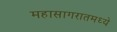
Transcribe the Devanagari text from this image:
महासागरातमध्ये